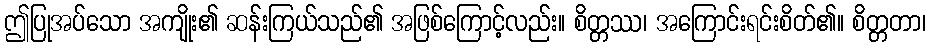
ဤပြုအပ်သော အကျိုး၏ ဆန်းကြယ်သည်၏ အဖြစ်ကြောင့်လည်း။ စိတ္တဿ၊ အကြောင်းရင်းစိတ်၏။ စိတ္တတာ၊